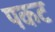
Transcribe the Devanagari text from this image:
पकट